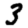
Digit: 3